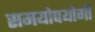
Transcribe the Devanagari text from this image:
समयोपयोगी